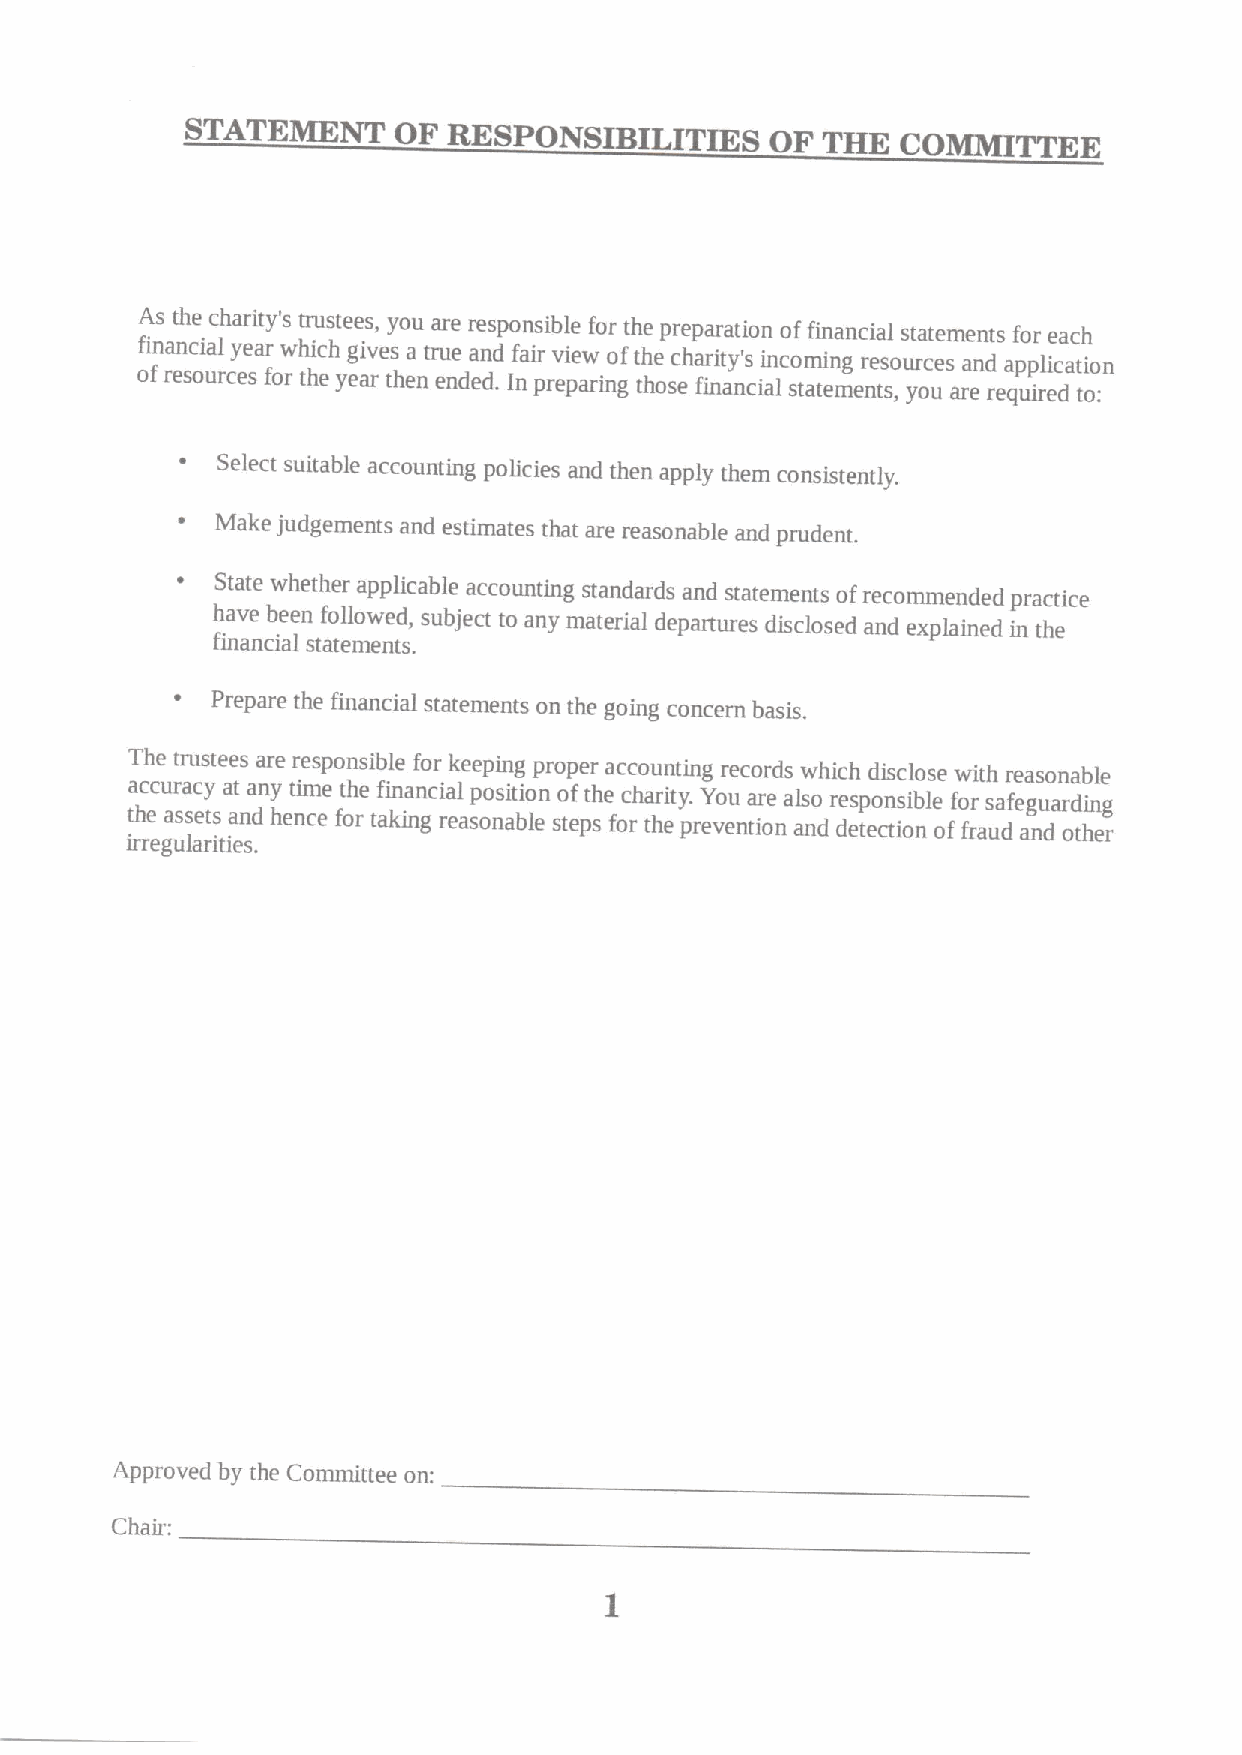
STATEMENT     OF  RESPONSIBILITIES     OF THE   COMMITTEE
 As the charity's trustees, you are responsible for the preparation of financial statements for each
 ofi fna rn esc oia ul rcey sear fow rh thic eh yeg aiv res thea ntr eu ne dea dn .d If nai pr rev pie aw ringoft th he osc eha fr ii nty an's ciai lnco stm ati en mg enr te ss ,ou yr oce us ara end reqap up irl ei dcati to on
 :
 ~ Select suitable accounting policies and then apply them consistently.
 ~ Make judgements and estimates that are reasonable and prudent.
 ~ State whether applicable accounting standards and statements ofrecommended practice
 have been followed, subject to any material departures disclosed and explained in the
 financial statements.
 ~ Prepare the financial statements on the going concern basis.
 The trustees are responsible for keeping proper accounting records which disclose with reasonable
 accuracy at any time the financial position ofthe charity. You are also responsible for safeguarding
 the assets and hence for taking reasonable steps for the prevention and detection of fraud and other
 irregularities.
 Approved by the Committee on:
 Chair: